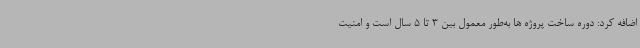
اضافه کرد: دوره ساخت پروژه ها به‌طور معمول بین 3 تا 5 سال است و امنیت